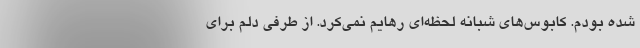
شده بودم. کابوس‌های شبانه لحظه‌ای رهایم نمی‌کرد. از طرفی دلم برای